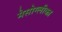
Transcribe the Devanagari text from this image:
मेसोग्लीका